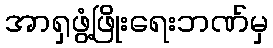
အာရှဖွံ့ဖြိုးရေးဘဏ်မှ